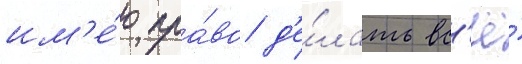
им'е́ю пра́во д'е́лать вс'ё́